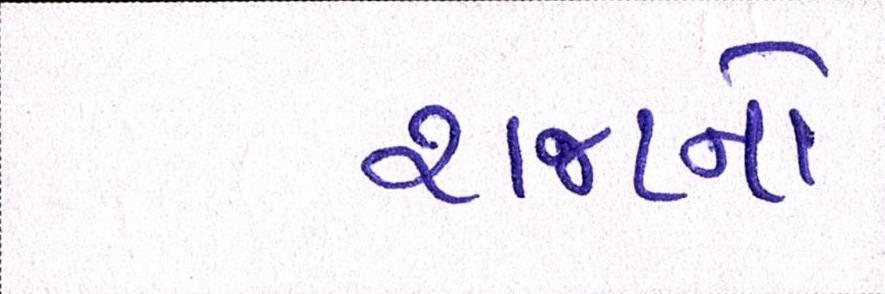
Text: રાજાનો